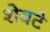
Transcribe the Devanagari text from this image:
शेवटे